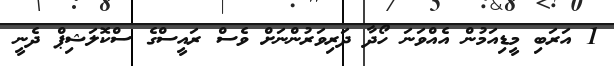
1 އަރަބި މީޑިއަމުން އެއްވަނަ ހޯދާ ދަރިވަރުންނަށް ވެސް ރައީސްގެ ސްކޮލަޝިޕް ދެނީ